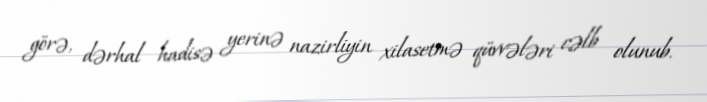
görə, dərhal hadisə yerinə nazirliyin xilasetmə qüvvələri cəlb olunub.